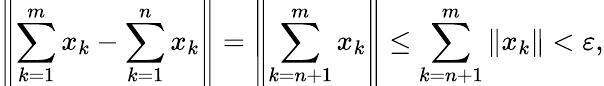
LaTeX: \left\| \sum_{k=1}^{m}x_{k}-\sum_{k=1}^{n}x_{k}\right\| =\left\| \sum_{k=n+1}^{m}x_{k}\right\| \leq\sum_{k=n+1}^{m}\| x_{k}\| <\varepsilon,